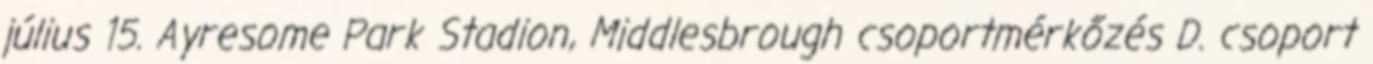
július 15. Ayresome Park Stadion, Middlesbrough csoportmérkőzés D. csoport